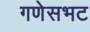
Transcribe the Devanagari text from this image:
गणेसभट